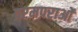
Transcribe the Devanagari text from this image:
परमपराओं